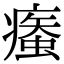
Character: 𧎿